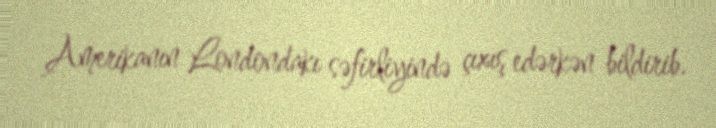
Amerikanın Londondakı səfirliyində çıxış edərkən bildirib.